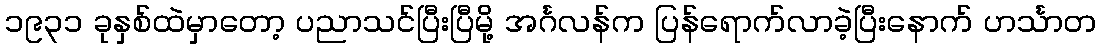
၁၉၃၁ ခုနှစ်ထဲမှာတော့ ပညာသင်ပြီးပြီမို့ အင်္ဂလန်က ပြန်ရောက်လာခဲ့ပြီးနောက် ဟင်္သာတ